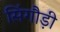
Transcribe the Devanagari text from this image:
सिंगौड़ी